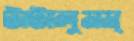
টাটালুমম্